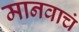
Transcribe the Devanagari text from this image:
मानवाचं